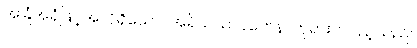
အခြံအရံဖြင့်အလိုရှိသော။ အရိယသာဝကေန၊ ဘုရားတပည့်သည်။